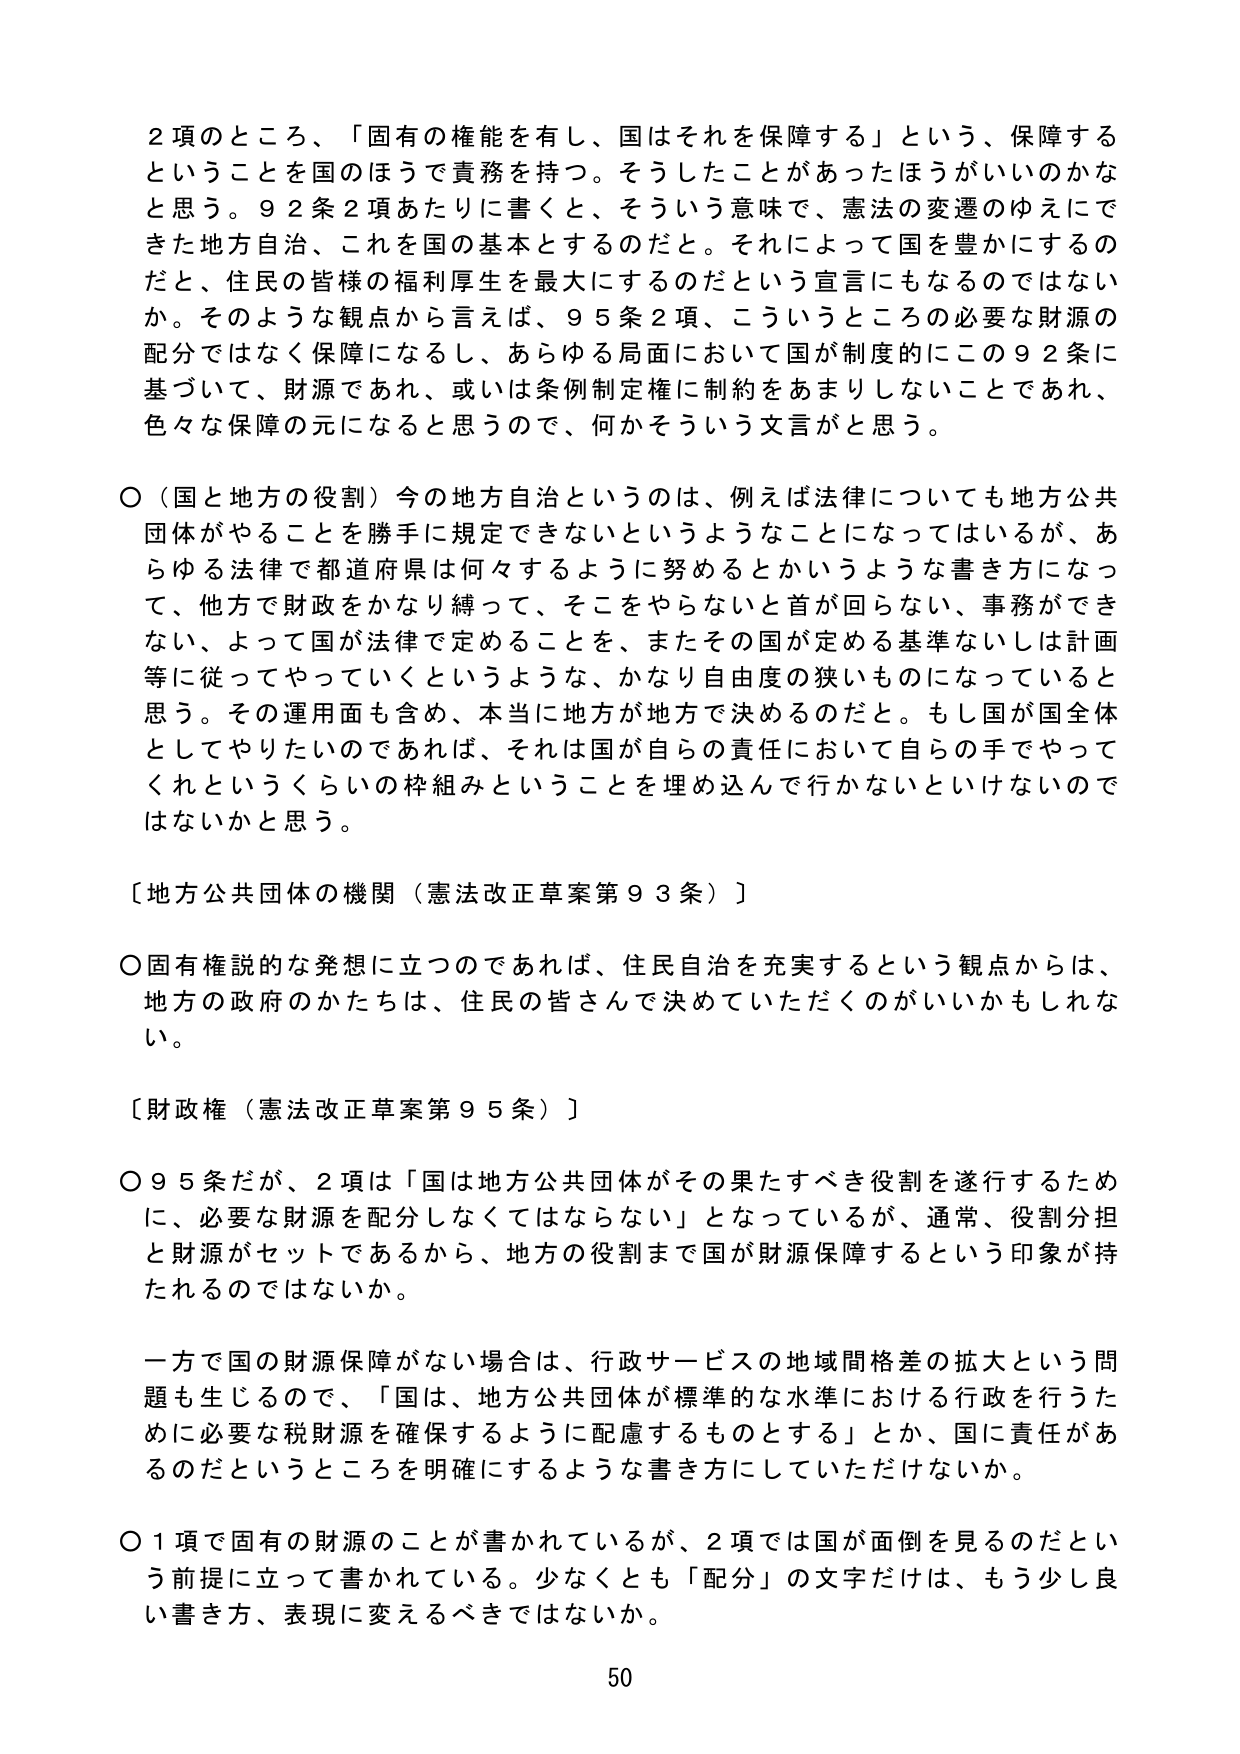
2項のところ、「固有の権能を有し、国はそれを保障する」という、保障するということを国のほうで責務を持つ。そうしたことがあったほうがいいのかなと思う。92条2項あたりに書くと、そういう意味で、憲法の変遷のゆえにできた地方自治、これを国の基本とするのだと。それによって国を豊かにするのだと、住民の皆様の福利厚生を最大にするのだという宣言にもなるのではないか。そのような観点から言えば、95条2項、こういうところの必要な財源の配分ではなく保障になるし、あらゆる局面において国が制度的にこの92条に基づいて、財源であれ、或いは条例制定権に制約をあまりしないことであれ、色々な保障の元になると思うので、何かそういう文言がと思う。

〇（国と地方の役割）今の地方自治というのは、例えば法律についても地方公共団体がやることを勝手に規定できないというようなことになってはいるが、あらゆる法律で都道府県は何々するように努めるとかいうような書き方になって、他方で財政をかなり縛って、そこをやらないと首が回らない、事務ができない、よって国が法律で定めることを、またその国が定める基準ないしは計画等に従ってやっていくというような、かなり自由度の狭いものになっていると思う。その運用面も含め、本当に地方が地方で決めるのだ。もし国が国全体としてやりたいのであれば、それは国が自らの責任において自らの手でやってくれというくらいの枠組みということを埋め込んで行かないといけないのではないかと思う。

〔地方公共団体の機関（憲法改正草案第93条）〕

〇固有権説的な発想に立つのであれば、住民自治を充実するという観点からは、地方の政府のかたちは、住民の皆さんで決めていただくのがいいかもしれない。

〔財政権（憲法改正草案第95条）〕

〇95条だが、2項は「国は地方公共団体がその果たすべき役割を遂行するために、必要な財源を配分しなくてはならない」となっているが、通常、役割分担と財源がセットであるから、地方の役割まで国が財源保障するという印象が持たれるのではないかな。

一方で国の財源保障がない場合は、行政サービスの地域間格差の拡大という問題も生じるので、「国は、地方公共団体が標準的な水準における行政を行うために必要な税財源を確保するように配慮するものとする」とか、国に責任があるのだというところを明確にするような書き方にしていただけないか。

〇1項で固有の財源のことが書かれているが、2項では国が面倒を見るのだという前提に立って書かれている。少なくとも「配分」の文字だけは、もう少し良い書き方、表現に変えるべきではないか。

50